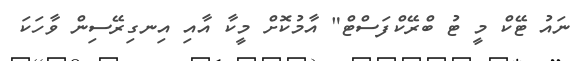
ނައު ޓޭކް މީ ޓު ބްރޭކްފަސްޓް" އާމުކޮށް މީކާ އާއި އިނގިރޭސިން ވާހަކަ